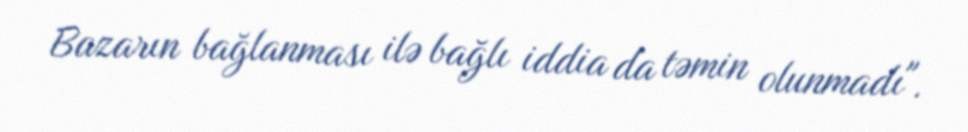
Bazarın bağlanması ilə bağlı iddia da təmin olunmadı".